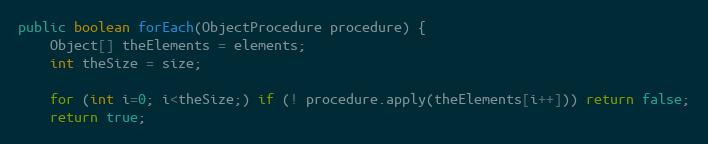
Language: Java
public boolean forEach(ObjectProcedure procedure) {
	Object[] theElements = elements;
	int theSize = size;

	for (int i=0; i<theSize;) if (! procedure.apply(theElements[i++])) return false;
	return true;